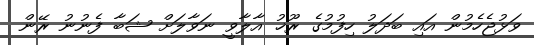
ވަޅުޖެހެމުން އައި ބަދަލު ހިފުމުގެ ރޫޚު އާލާވީ ނަވާލަށް ޝަބާ ފެނުނު ރޭން